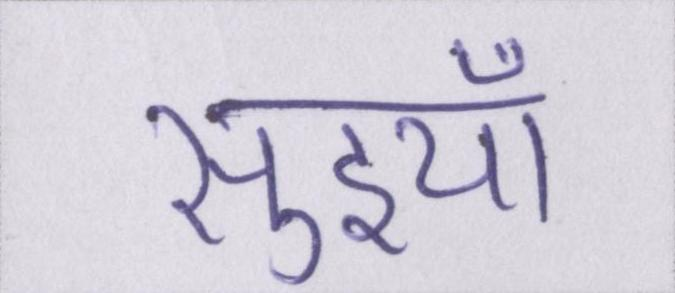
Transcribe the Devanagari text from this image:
सुइयाँ